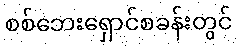
စစ်ဘေးရှောင်စခန်းတွင်